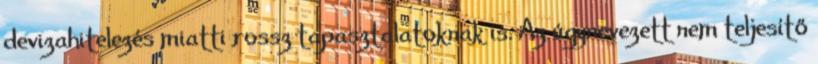
devizahitelezés miatti rossz tapasztalatoknak is. Az úgynevezett nem teljesítő